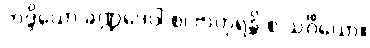
ဘဒ္ဒိယော ခဏ္ဍဒေပါ စ၊ ဗာဟုရန္တိ စ သင်္ဂိယော။